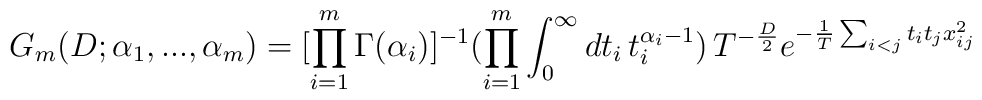
G_m(D;\alpha_1,...,\alpha_m) = [\prod_{i=1}^m \Gamma(\alpha_i)]^{-1}(\prod_{i=1}^m \int_0^\infty dt_i \, t_i^{\alpha_i-1}) \, T^{-\frac{D}{2}} e^{-\frac{1}{T} \sum_{i<j}t_it_j x_{ij}^2}